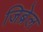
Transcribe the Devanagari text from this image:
जिब्रेल